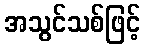
အသွင်သစ်ဖြင့်